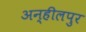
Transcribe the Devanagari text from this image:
अन्हीलपुर